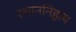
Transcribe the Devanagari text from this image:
स्थाननिहाय